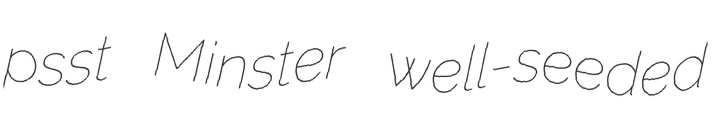
psst Minster well-seeded